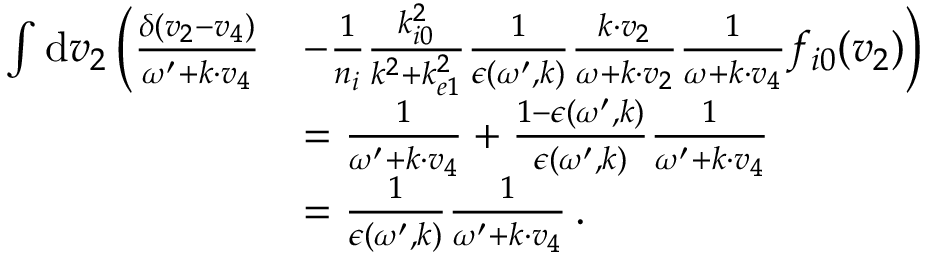
\begin{array} { r l } { \int \mathrm { d } \boldsymbol { v } _ { 2 } \, \biggl ( \frac { \delta ( \boldsymbol { v } _ { 2 } - \boldsymbol { v } _ { 4 } ) } { \omega ^ { \prime } + \boldsymbol { k } \cdot \boldsymbol { v } _ { 4 } } } & { - \frac { 1 } { n _ { i } } \frac { k _ { i 0 } ^ { 2 } } { k ^ { 2 } + k _ { e 1 } ^ { 2 } } \frac { 1 } { \epsilon ( \omega ^ { \prime } , \boldsymbol { k } ) } \frac { \boldsymbol { k \cdot v } _ { 2 } } { \omega + \boldsymbol { k \cdot v } _ { 2 } } \frac { 1 } { \omega + \boldsymbol { k \cdot v } _ { 4 } } f _ { i 0 } ( \boldsymbol { v } _ { 2 } ) \biggr ) } \\ & { = \frac { 1 } { \omega ^ { \prime } + \boldsymbol { k } \cdot \boldsymbol { v } _ { 4 } } + \frac { 1 - \epsilon ( \omega ^ { \prime } , \boldsymbol { k } ) } { \epsilon ( \omega ^ { \prime } , \boldsymbol { k } ) } \frac { 1 } { \omega ^ { \prime } + \boldsymbol { k } \cdot \boldsymbol { v } _ { 4 } } } \\ & { = \frac { 1 } { \epsilon ( \omega ^ { \prime } , \boldsymbol { k } ) } \frac { 1 } { \omega ^ { \prime } + \boldsymbol { k } \cdot \boldsymbol { v } _ { 4 } } \, . } \end{array}